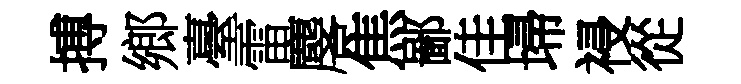
搏鄉臺雷麐焦鄙佳埽祲從